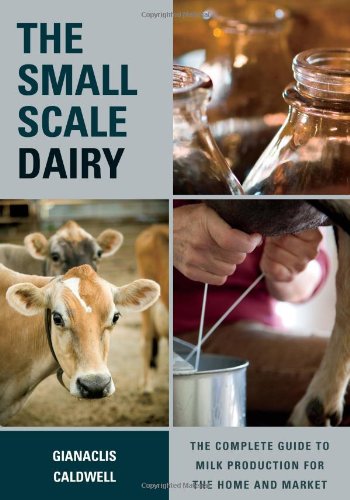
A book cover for The Small-Scale Dairy: The Complete Guide to Milk Production for the Home and Market; Gianaclis Caldwell; Cookbooks, Food & Wine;